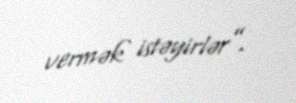
vermək istəyirlər”.